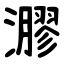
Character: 㶀